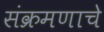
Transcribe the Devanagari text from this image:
संक्रमणाचे